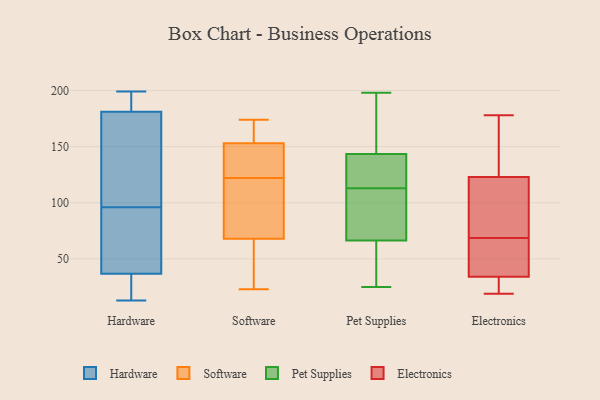
{"axis": {"x": "Budget (USD K)", "y": "Value"}, "legend": ["Electronics", "Hardware", "Pet Supplies", "Software"], "data": [{"x": "", "y": 182, "type": "Hardware"}, {"x": "", "y": 174, "type": "Hardware"}, {"x": "", "y": 39, "type": "Hardware"}, {"x": "", "y": 50, "type": "Hardware"}, {"x": "", "y": 183, "type": "Hardware"}, {"x": "", "y": 36, "type": "Hardware"}, {"x": "", "y": 54, "type": "Hardware"}, {"x": "", "y": 26, "type": "Hardware"}, {"x": "", "y": 178, "type": "Hardware"}, {"x": "", "y": 124, "type": "Hardware"}, {"x": "", "y": 64, "type": "Hardware"}, {"x": "", "y": 198, "type": "Hardware"}, {"x": "", "y": 31, "type": "Hardware"}, {"x": "", "y": 198, "type": "Hardware"}, {"x": "", "y": 199, "type": "Hardware"}, {"x": "", "y": 96, "type": "Hardware"}, {"x": "", "y": 171, "type": "Hardware"}, {"x": "", "y": 13, "type": "Hardware"}, {"x": "", "y": 24, "type": "Hardware"}, {"x": "", "y": 68, "type": "Software"}, {"x": "", "y": 154, "type": "Software"}, {"x": "", "y": 56, "type": "Software"}, {"x": "", "y": 23, "type": "Software"}, {"x": "", "y": 145, "type": "Software"}, {"x": "", "y": 174, "type": "Software"}, {"x": "", "y": 111, "type": "Software"}, {"x": "", "y": 135, "type": "Software"}, {"x": "", "y": 89, "type": "Software"}, {"x": "", "y": 153, "type": "Software"}, {"x": "", "y": 35, "type": "Software"}, {"x": "", "y": 163, "type": "Software"}, {"x": "", "y": 73, "type": "Software"}, {"x": "", "y": 133, "type": "Software"}, {"x": "", "y": 41, "type": "Pet Supplies"}, {"x": "", "y": 160, "type": "Pet Supplies"}, {"x": "", "y": 66, "type": "Pet Supplies"}, {"x": "", "y": 25, "type": "Pet Supplies"}, {"x": "", "y": 136, "type": "Pet Supplies"}, {"x": "", "y": 123, "type": "Pet Supplies"}, {"x": "", "y": 135, "type": "Pet Supplies"}, {"x": "", "y": 83, "type": "Pet Supplies"}, {"x": "", "y": 67, "type": "Pet Supplies"}, {"x": "", "y": 185, "type": "Pet Supplies"}, {"x": "", "y": 50, "type": "Pet Supplies"}, {"x": "", "y": 146, "type": "Pet Supplies"}, {"x": "", "y": 102, "type": "Pet Supplies"}, {"x": "", "y": 198, "type": "Pet Supplies"}, {"x": "", "y": 113, "type": "Pet Supplies"}, {"x": "", "y": 146, "type": "Electronics"}, {"x": "", "y": 19, "type": "Electronics"}, {"x": "", "y": 99, "type": "Electronics"}, {"x": "", "y": 178, "type": "Electronics"}, {"x": "", "y": 35, "type": "Electronics"}, {"x": "", "y": 113, "type": "Electronics"}, {"x": "", "y": 34, "type": "Electronics"}, {"x": "", "y": 29, "type": "Electronics"}, {"x": "", "y": 123, "type": "Electronics"}, {"x": "", "y": 38, "type": "Electronics"}]}